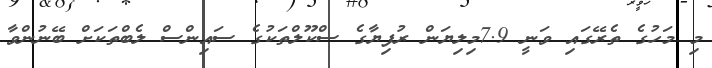
މި މަހުގެ ތެރޭގައި ވަނީ 7.9މިލިޔަން ރުފިޔާގެ ސްކޫލްތަކުގެ ސައިންސް ލެބްތަކަށް ބޭނުންވާ